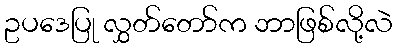
ဥပဒေပြု လွှတ်တော်က ဘာဖြစ်လို့လဲ